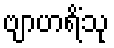
ဗျာဟရိံသု